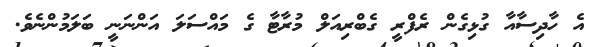
އެ ހާދިސާއާ ގުޅިގެން ރެފްރީ ގެބްރިއަލް މުރާޓާ ގެ މައްސަލަ އަންނަނީ ބަލަމުންނެވެ.